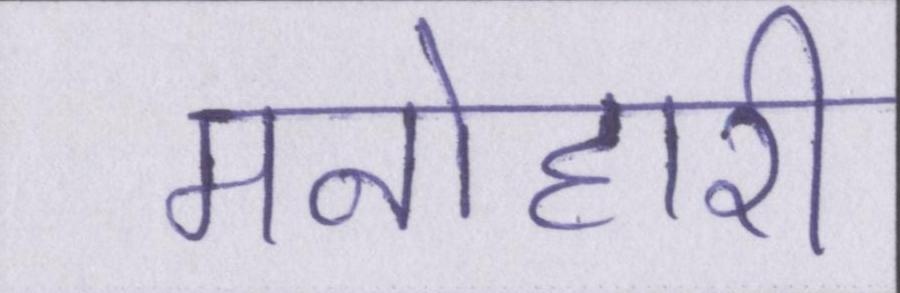
मनोहारी